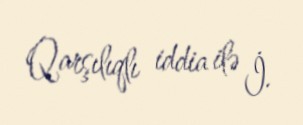
Qarşılıqlı iddia ilə İ.